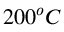
2 0 0 ^ { o } C